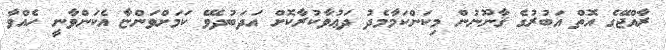
ރާއްޖޭގެ އޮތް އަބުރުގެ ޤާނޫނުން މިކަންކަމާމެދު ދަޢުވާކުރާކޮށް އަދަބުދެވޭ ކަމަށްވަންޏާ އެކަންވާނީ ހެއްވާ